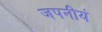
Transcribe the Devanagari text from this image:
जपनीयं